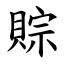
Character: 賩